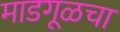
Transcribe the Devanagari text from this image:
माडगूळचा